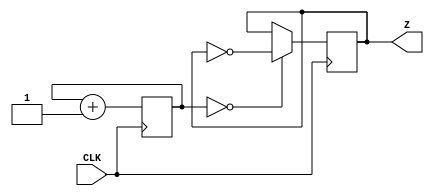
`timescale 1ns / 1ps
//////////////////////////////////////////////////////////////////////////////////
// Company: 
// Engineer: 
// 
// Design Name: 
// Module Name: clk20k
// Project Name: 
// Target Devices: 
// Tool Versions: 
// Description: 
// 
// Dependencies: 
// 
// Revision:
// Revision 0.01 - File Created
// Additional Comments:
// 
//////////////////////////////////////////////////////////////////////////////////


module clk20k(
    input CLK,
    output reg Z
    );

    reg [11:0] COUNTER;

    always @ (posedge CLK) begin  
    COUNTER <= COUNTER + 1;
    Z <= (COUNTER == 0) ? ~Z : Z;
    end

endmodule